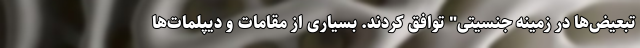
تبعیض‌ها در زمینه جنسیتی" توافق کردند. بسیاری از مقامات و دیپلمات‌ها